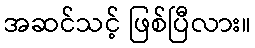
အဆင်သင့် ဖြစ်ပြီလား။